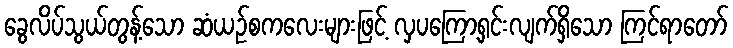
ခွေလိပ်သွယ်တွန့်သော ဆံယဉ်စကလေးများဖြင့် လှပကြော့ရှင်းလျက်ရှိသော ကြင်ရာတော်